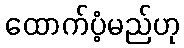
ထောက်ပံ့မည်ဟု